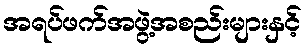
အရပ်ဖက်အဖွဲ့အစည်းများနှင့်